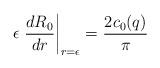
LaTeX: \begin{align*}\epsilon \left.{d R_0\over dr}\right|_{r=\epsilon} ={2 c_0(q)\over \pi}\end{align*}